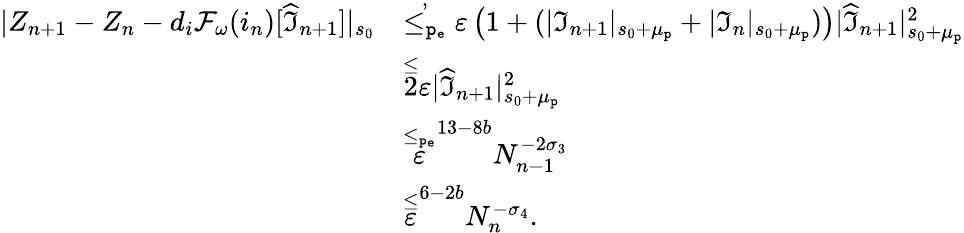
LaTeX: \begin{array}{rl}{|Z_{n+1}-Z_{n}-d_{i}\mathcal{F}_{\omega}(i_{n})[\widehat{\mathfrak{I}}_{n+1}]|_{s_{0}}}&{\overset{,}{\le_{\mathtt{p_{e}}}}\varepsilon\left(1+(|\mathfrak{I}_{n+1}|_{s_{0}+\mu_{\mathtt{p}}}+|\mathfrak{I}_{n}|_{s_{0}+\mu_{\mathtt{p}}})\right)|\widehat{\mathfrak{I}}_{n+1}|_{s_{0}+\mu_{\mathtt{p}}}^{2}}\\ &{\overset\le 2\varepsilon|\widehat{\mathfrak{I}}_{n+1}|_{s_{0}+\mu_{\mathtt{p}}}^{2}}\\ &{\overset{\le_{\mathtt{p_{e}}}}\varepsilon^{13-8b}N_{n-1}^{-2\sigma_{3}}}\\ &{\overset\le\varepsilon^{6-2b}N_{n}^{-\sigma_{4}}.}\end{array}